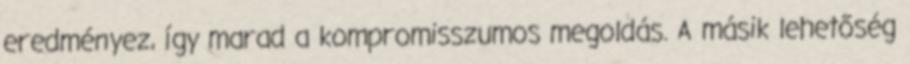
eredményez, így marad a kompromisszumos megoldás. A másik lehetőség